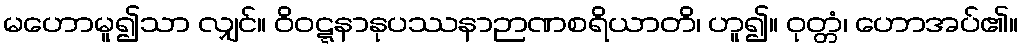
မဟောမူ၍သာ လျှင်။ ဝိဝဋ္ဋနာနုပဿနာဉာဏစရိယာတိ၊ ဟူ၍။ ဝုတ္တံ၊ ဟောအပ်၏။